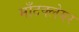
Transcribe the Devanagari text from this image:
माँटक्लेयर